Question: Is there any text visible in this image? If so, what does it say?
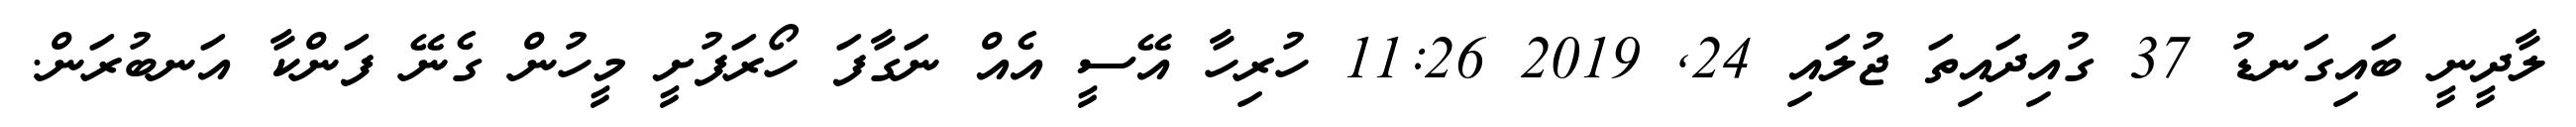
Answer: ލާދީނީ ބައިގަނޑު 37 ގުއިދައިތަ ޖުލައި 24, 2019 11:26 ހުރިހާ އޭސީ އެއް ނަގާފަ ހޯރަފުށީ މީހުން ގެނޭ ފަންކާ އަނބުރަން.